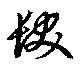
髪